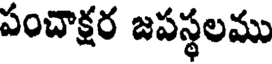
పంచాక్షర జపస్థలము